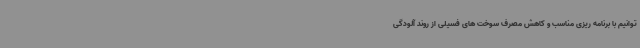
توانیم با برنامه ریزی مناسب و کاهش مصرف سوخت های فسیلی از روند آلودگی